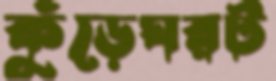
কুঁড়েঘরট